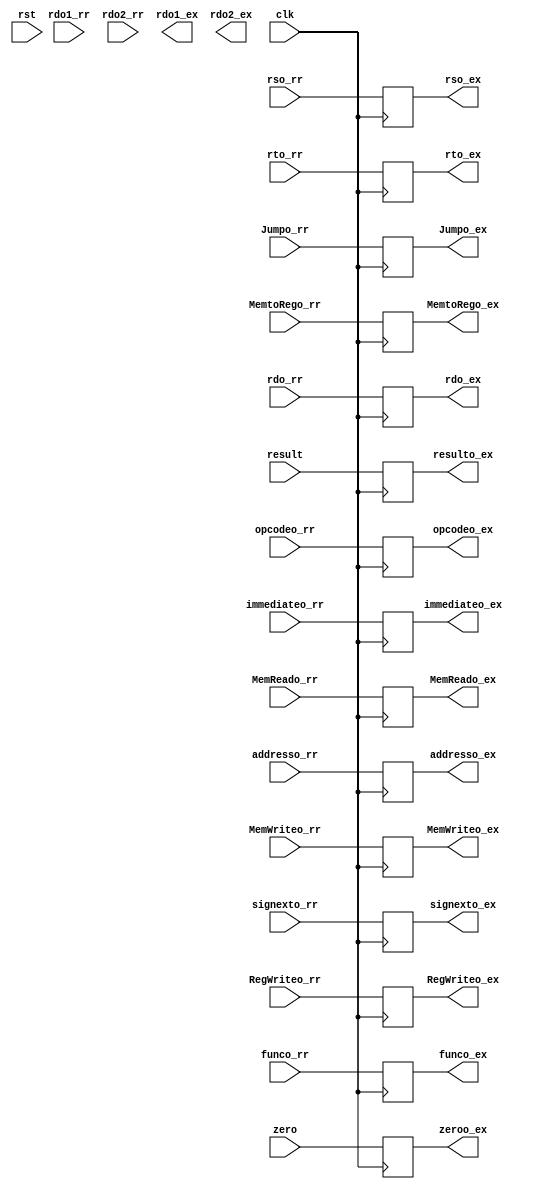
`timescale 1ns / 1ps
//////////////////////////////////////////////////////////////////////////////////
// Company: 
// Engineer: 
// 
// Design Name: 
// Module Name: exmem
// Project Name: 
// Target Devices: 
// Tool Versions: 
// Description: 
// 
// Dependencies: 
// 
// Revision:
// Revision 0.01 - File Created
// Additional Comments:
// 
//////////////////////////////////////////////////////////////////////////////////


module exmem(
input clk,
input rst,
input [4:0]rso_rr,
input [4:0]rto_rr,
input [4:0]rdo_rr,
input [5:0]opcodeo_rr,
input [5:0]funco_rr,
input [25:0]addresso_rr,
input [15:0]immediateo_rr,
input [31:0]rdo1_rr,
input [31:0]rdo2_rr,
input [31:0]signexto_rr,
input [31:0]result,
input zero,


input MemtoRego_rr,
input RegWriteo_rr,
input MemReado_rr,
input MemWriteo_rr,    

input Jumpo_rr,
output reg [15:0]immediateo_ex,
output reg  [4:0]rso_ex,
output reg  [4:0]rto_ex,
output reg  [4:0]rdo_ex,
output reg  [5:0]opcodeo_ex,
output reg  [5:0]funco_ex,
output reg  [25:0]addresso_ex,


output reg  MemtoRego_ex,
output reg  RegWriteo_ex,
output reg  MemReado_ex,
output reg  MemWriteo_ex,    

output reg  Jumpo_ex,
output reg [31:0]rdo1_ex,
output reg [31:0]rdo2_ex,
output reg [31:0]signexto_ex,
output reg [31:0]resulto_ex,
output reg zeroo_ex

    );
    
 always@(posedge clk)
 begin
 immediateo_ex<=immediateo_rr;
 rso_ex<=rso_rr;
 rto_ex<=rto_rr; 
 rdo_ex<=rdo_rr;
 opcodeo_ex<=opcodeo_rr;
 funco_ex<=funco_rr;
 addresso_ex<=addresso_rr;


 MemtoRego_ex<=MemtoRego_rr;
 RegWriteo_ex<=RegWriteo_rr;
 MemReado_ex<=MemReado_rr;
 MemWriteo_ex<=MemWriteo_rr;

 Jumpo_ex<=Jumpo_rr;

 signexto_ex<=signexto_rr;
 resulto_ex<=result;
 zeroo_ex<=zero;
 end
endmodule